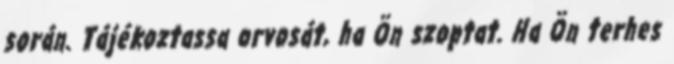
során. Tájékoztassa orvosát, ha Ön szoptat. Ha Ön terhes